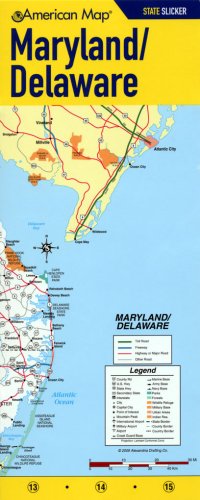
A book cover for Maryland & Delaware State Slicker; Travel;